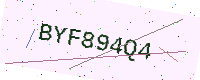
Text: BYF894Q4